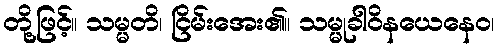
တို့ဖြင့်။ သမ္မတိ၊ ငြိမ်းအေး၏။ သမ္မုခါဝိနယေနေဝ၊